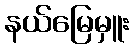
နယ်မြေမှူး